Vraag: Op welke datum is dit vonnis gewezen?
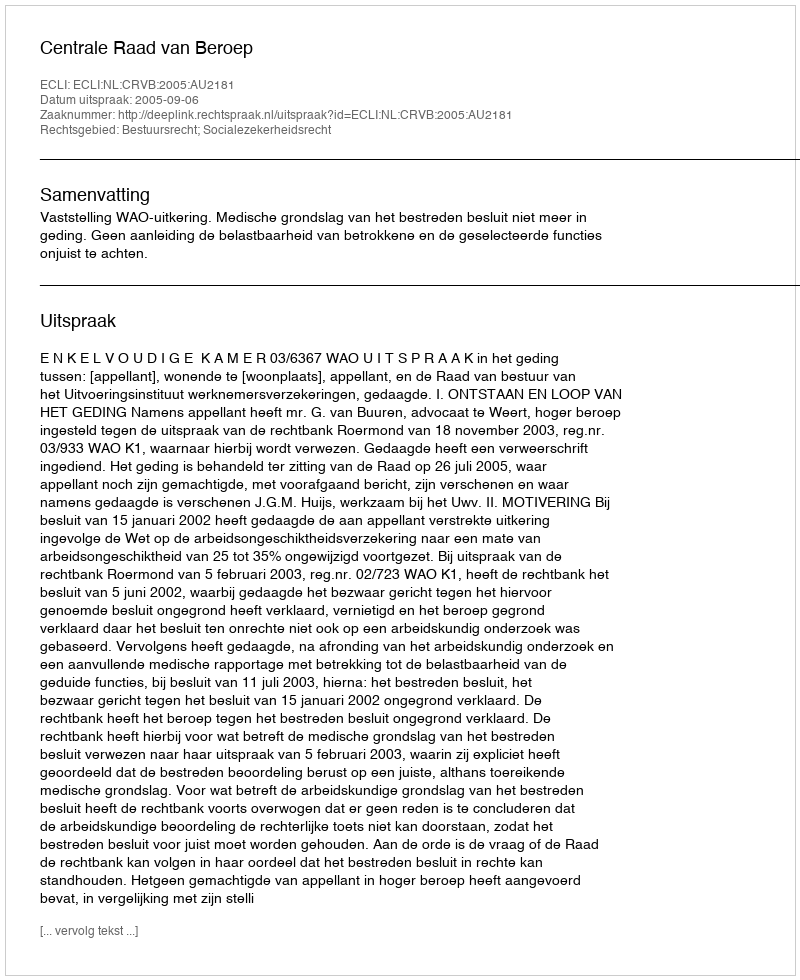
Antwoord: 2005-09-06